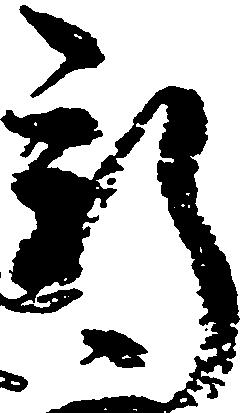
新